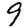
Digit: 9